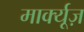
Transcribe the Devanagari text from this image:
मार्क्यूज़